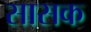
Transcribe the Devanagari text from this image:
सासक